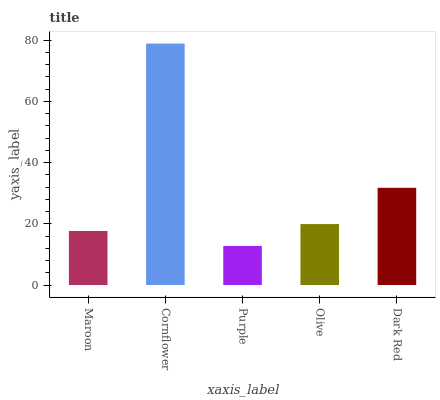
| xaxis_label | bars |
 | --- | --- |
 | Maroon | 17.7 |
 | Cornflower | 78.9 |
 | Purple | 12.8 |
 | Olive | 19.9 |
 | Dark Red | 31.8 |